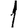
Digit: 1